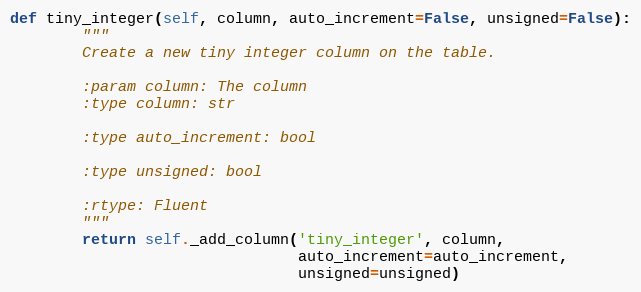
Language: Python
def tiny_integer(self, column, auto_increment=False, unsigned=False):
        """
        Create a new tiny integer column on the table.

        :param column: The column
        :type column: str

        :type auto_increment: bool

        :type unsigned: bool

        :rtype: Fluent
        """
        return self._add_column('tiny_integer', column,
                                auto_increment=auto_increment,
                                unsigned=unsigned)